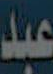
عبد